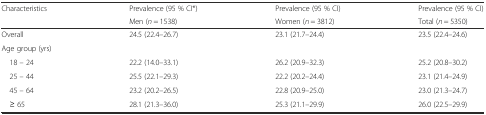
| <ROWSPAN=2> Characteristics | Prevalence (95 % CI*) | Prevalence (95 % CI) | Prevalence (95 % CI) |
 | Men (n = 1538) | Women (n = 3812) | Total (n = 5350) |
 | --- | --- | --- | --- |
 | Overall | 24.5 (22.4–26.7) | 23.1 (21.7–24.4) | 23.5 (22.4–24.6) |
 | Age group (yrs) |  |  |  |
 | 18 – 24 | 22.2 (14.0–33.1) | 26.2 (20.9–32.3) | 25.2 (20.8–30.2) |
 | 25 – 44 | 25.5 (22.1–29.3) | 22.2 (20.2–24.4) | 23.1 (21.4–24.9) |
 | 45 – 64 | 23.2 (20.2–26.5) | 22.8 (20.9–25.0) | 23.0 (21.3–24.7) |
 | ≥ 65 | 28.1 (21.3–36.0) | 25.3 (21.1–29.9) | 26.0 (22.5–29.9) |